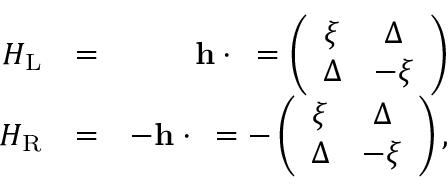
\begin{array} { r l r } { H _ { \mathrm { L } } } & { = } & { { \bf h } \cdot { \bf \sigma } = \left( \begin{array} { c c } { \xi } & { \Delta } \\ { \Delta } & { - \xi } \end{array} \right) } \\ { H _ { \mathrm { R } } } & { = } & { - { \bf h } \cdot { \bf \sigma } = - \left( \begin{array} { c c } { \xi } & { \Delta } \\ { \Delta } & { - \xi } \end{array} \right) , } \end{array}